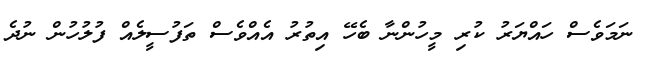
ނަމަވެސް ހައްޔަރު ކުރި މީހުންނާ ބެހޭ އިތުރު އެއްވެސް ތަފުސީލެއް ފުލުހުން ނުދެ